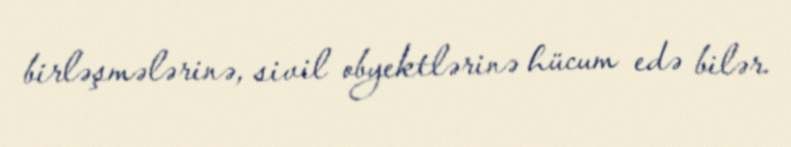
birləşmələrinə, sivil obyektlərinə hücum edə bilər.